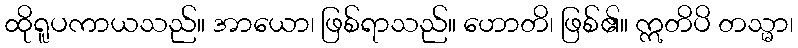
ထိုရူပကာယသည်။ အာယော၊ ဖြစ်ရာသည်။ ဟောတိ၊ ဖြစ်၏။ ဣတိပိ တသ္မာ၊